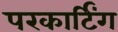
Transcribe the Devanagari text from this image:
परकार्टिंग